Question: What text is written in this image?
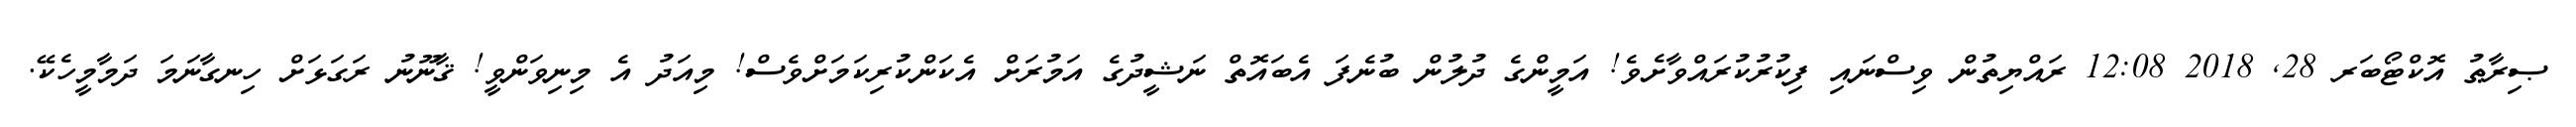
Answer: ޞިރާޠު އޮކްޓޯބަރ 28, 2018 12:08 ރައްޔިތުން ވިސްނައި ފިކުރުކުރައްވާށެވެ! އަމީންގެ ދުލުން ބުނެފަ އެބައޮތް ނަޝީދުގެ އަމުރަށް އެކަންކުރިކަމަށްވެސް! މިއަދު އެ މިނިވަންވީ! ޤާނޫނު ރަގަޅަށް ހިނގާނަމަ ދަމާމީހެކޭ.